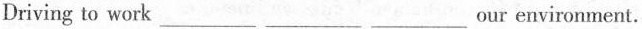
Driving to work ___ ___ ___ our environment.